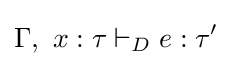
\Gamma ,\ x:\tau \vdash _{D}e:\tau '